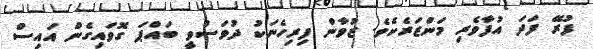
ފުރޭ ފަދަ އުފާވެރި މަންޒަރެކެވެ. ޒުވާން ފިރިހެނަކު ދުވަސްވީ ބައްޕަ ގޮވައިގެން އައިސް